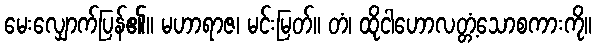
မေးလျှောက်ပြန်၏။ မဟာရာဇ၊ မင်းမြတ်။ တံ၊ ထိုငါဟောလတ္တံ့သောစကားကို။